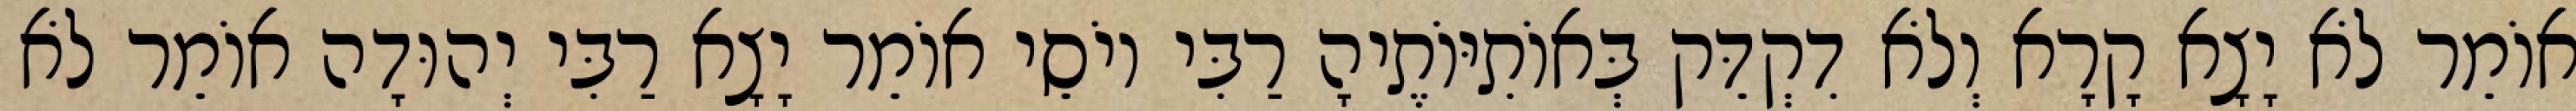
אוֹמֵר לֹא יָצָא קָרָא וְלֹא דִקְדֵּק בְּאוֹתִיּוֹתֶיהָ רַבִּי יוֹסֵי אוֹמֵר יָצָא רַבִּי יְהוּדָה אוֹמֵר לֹא